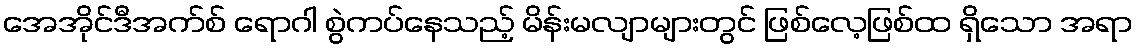
အေအိုင်ဒီအက်စ် ရောဂါ စွဲကပ်နေသည့် မိန်းမလျာများတွင် ဖြစ်လေ့ဖြစ်ထ ရှိသော အရာ